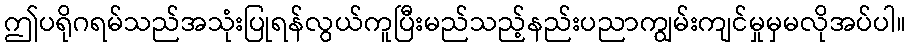
ဤပရိုဂရမ်သည်အသုံးပြုရန်လွယ်ကူပြီးမည်သည့်နည်းပညာကျွမ်းကျင်မှုမှမလိုအပ်ပါ။